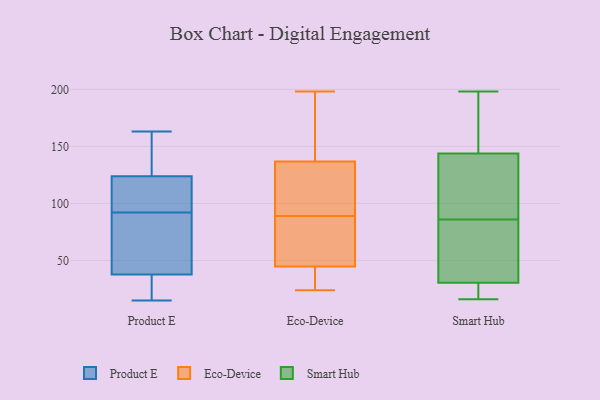
{"axis": {"x": "Latency (ms)", "y": "Value"}, "legend": ["Eco-Device", "Product E", "Smart Hub"], "data": [{"x": "", "y": 28, "type": "Product E"}, {"x": "", "y": 22, "type": "Product E"}, {"x": "", "y": 95, "type": "Product E"}, {"x": "", "y": 51, "type": "Product E"}, {"x": "", "y": 50, "type": "Product E"}, {"x": "", "y": 122, "type": "Product E"}, {"x": "", "y": 105, "type": "Product E"}, {"x": "", "y": 15, "type": "Product E"}, {"x": "", "y": 37, "type": "Product E"}, {"x": "", "y": 163, "type": "Product E"}, {"x": "", "y": 129, "type": "Product E"}, {"x": "", "y": 39, "type": "Product E"}, {"x": "", "y": 98, "type": "Product E"}, {"x": "", "y": 38, "type": "Product E"}, {"x": "", "y": 146, "type": "Product E"}, {"x": "", "y": 134, "type": "Product E"}, {"x": "", "y": 92, "type": "Product E"}, {"x": "", "y": 25, "type": "Eco-Device"}, {"x": "", "y": 145, "type": "Eco-Device"}, {"x": "", "y": 46, "type": "Eco-Device"}, {"x": "", "y": 91, "type": "Eco-Device"}, {"x": "", "y": 89, "type": "Eco-Device"}, {"x": "", "y": 27, "type": "Eco-Device"}, {"x": "", "y": 41, "type": "Eco-Device"}, {"x": "", "y": 189, "type": "Eco-Device"}, {"x": "", "y": 96, "type": "Eco-Device"}, {"x": "", "y": 129, "type": "Eco-Device"}, {"x": "", "y": 134, "type": "Eco-Device"}, {"x": "", "y": 58, "type": "Eco-Device"}, {"x": "", "y": 24, "type": "Eco-Device"}, {"x": "", "y": 198, "type": "Eco-Device"}, {"x": "", "y": 47, "type": "Eco-Device"}, {"x": "", "y": 167, "type": "Eco-Device"}, {"x": "", "y": 52, "type": "Eco-Device"}, {"x": "", "y": 30, "type": "Smart Hub"}, {"x": "", "y": 50, "type": "Smart Hub"}, {"x": "", "y": 22, "type": "Smart Hub"}, {"x": "", "y": 93, "type": "Smart Hub"}, {"x": "", "y": 198, "type": "Smart Hub"}, {"x": "", "y": 32, "type": "Smart Hub"}, {"x": "", "y": 160, "type": "Smart Hub"}, {"x": "", "y": 144, "type": "Smart Hub"}, {"x": "", "y": 16, "type": "Smart Hub"}, {"x": "", "y": 88, "type": "Smart Hub"}, {"x": "", "y": 143, "type": "Smart Hub"}, {"x": "", "y": 86, "type": "Smart Hub"}, {"x": "", "y": 16, "type": "Smart Hub"}, {"x": "", "y": 73, "type": "Smart Hub"}, {"x": "", "y": 167, "type": "Smart Hub"}]}